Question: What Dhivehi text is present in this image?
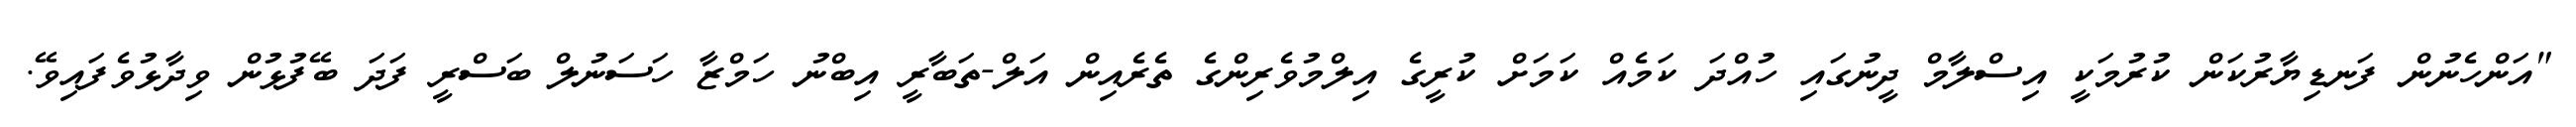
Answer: "އަންހެނުން ފަނޑިޔާރުކަން ކުރުމަކީ އިސްލާމް ދީނުގައި ހުއްދަ ކަމެއް ކަމަށް ކުރީގެ އިލްމުވެރިންގެ ތެރެއިން އަލް-ތަބާރީ އިބްނު ހަމްޒާ ހަސަނުލް ބަސްރީ ފަދަ ބޭފުޅުން ވިދާޅުވެފައިވޭ.